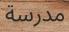
مدرسة